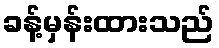
ခန့်မှန်းထားသည်